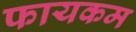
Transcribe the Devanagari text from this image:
फायकम